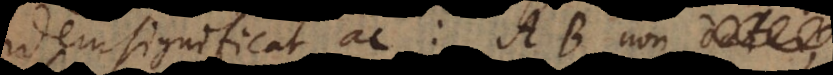
idem significat ac: A non B